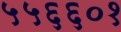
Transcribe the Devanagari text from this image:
५५६६०१